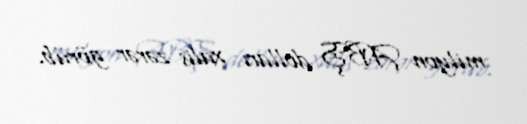
milyon ABŞ dolları xalis zərər görüb.